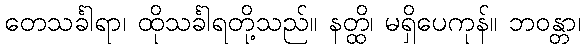
တေသင်္ခါရာ၊ ထိုသင်္ခါရတို့သည်။ နတ္ထိ၊ မရှိပေကုန်။ ဘဝန္တာ၊